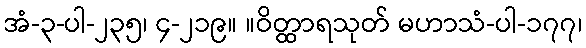
အံ-၃-ပါ-၂၃၅၊ ၄-၂၁၉။ ။ဝိတ္ထာရသုတ် မဟာသံ-ပါ-၁၇၇၊